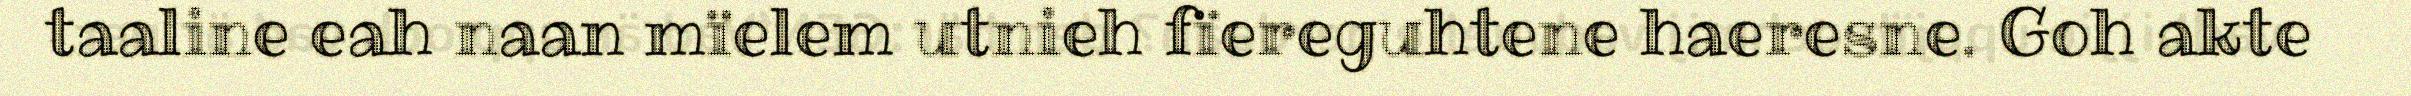
taaline eah naan mïelem utnieh fïereguhtene haeresne. Goh akte